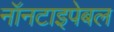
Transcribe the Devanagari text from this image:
नॉनटाइपेबल